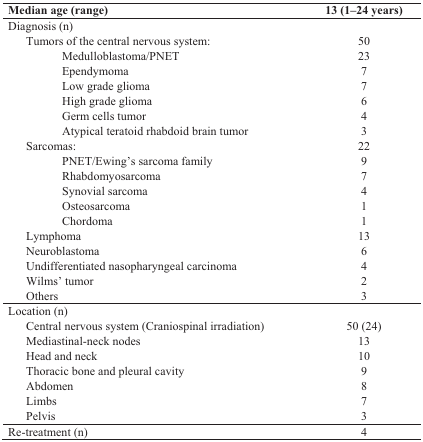
| Median age (range) | 13 (1–24 years) |
 | --- | --- |
 | Diagnosis (n) |  |
 | Tumors of the central nervous system: | 50 |
 | Medulloblastoma/PNET | 23 |
 | Ependymoma | 7 |
 | Low grade glioma | 7 |
 | High grade glioma | 6 |
 | Germ cells tumor | 4 |
 | Atypical teratoid rhabdoid brain tumor | 3 |
 | Sarcomas: | 22 |
 | PNET/Ewing's sarcoma family | 9 |
 | Rhabdomyosarcoma | 7 |
 | Synovial sarcoma | 4 |
 | Osteosarcoma | 1 |
 | Chordoma | 1 |
 | Lymphoma | 13 |
 | Neuroblastoma | 6 |
 | Undifferentiated nasopharyngeal carcinoma | 4 |
 | Wilms' tumor | 2 |
 | Others | 3 |
 | Location (n) |  |
 | Central nervous system (Craniospinal irradiation) | 50 (24) |
 | Mediastinal-neck nodes | 13 |
 | Head and neck | 10 |
 | Thoracic bone and pleural cavity | 9 |
 | Abdomen | 8 |
 | Limbs | 7 |
 | Pelvis | 3 |
 | Re-treatment (n) | 4 |